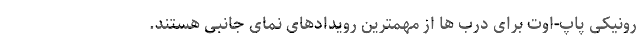
رونیکی پاپ-اوت برای درب ها از مهمترین رویدادهای نمای جانبی هستند.